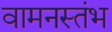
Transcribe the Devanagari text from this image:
वामनस्तंभ